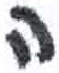
אות: ה